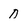
Character: 0